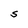
Character: S